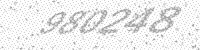
Solution: 980248